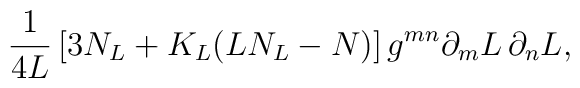
\frac{1}{4L} \left[ 3 N_L + K_L ( L N_L - N) \right]g^{mn} \partial_m L \, \partial_n L,